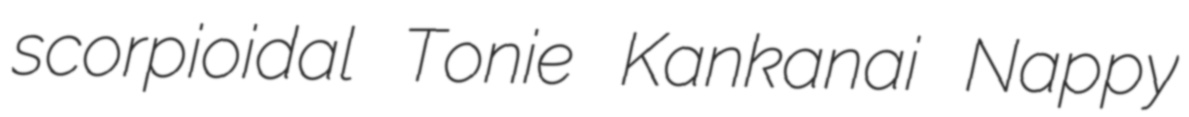
scorpioidal Tonie Kankanai Nappy